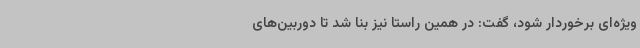
ویژه‌ای برخوردار شود، گفت: در همین راستا نیز بنا شد تا دوربین‌های